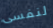
لنفسى